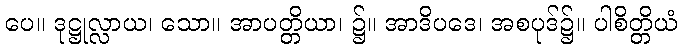
ပေ။ ဒုဋ္ဌုလ္လာယ၊ သော။ အာပတ္တိယာ၊ ၌။ အာဒိပဒေ၊ အစပုဒ်၌။ ပါစိတ္တိယံ